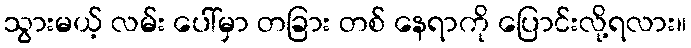
သွားမယ့် လမ်း ပေါ်မှာ တခြား တစ် နေရာကို ပြောင်းလို့ရလား။